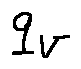
q _ { v }